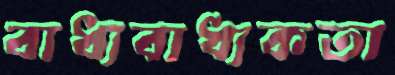
বাধ্যবাধ্যকতা